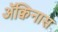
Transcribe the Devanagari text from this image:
ॲक्विनास